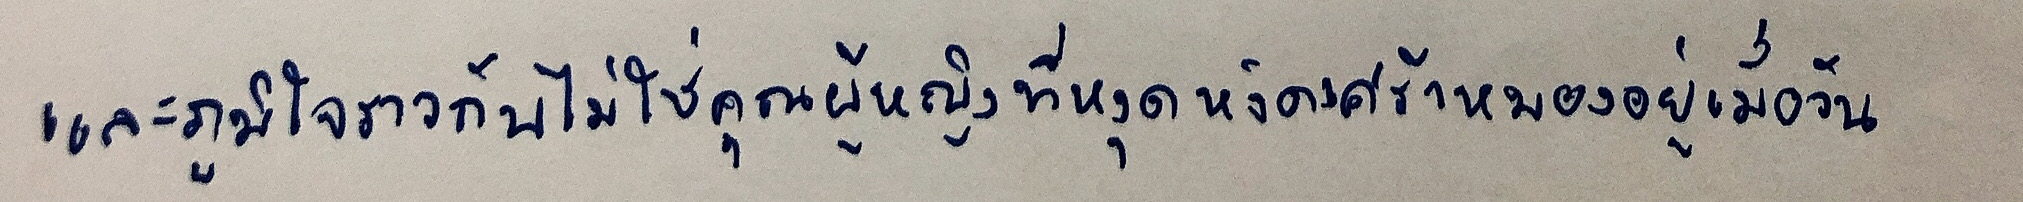
และภูมิใจราวกับไม่ใช่คุณผู้หญิงที่หงุดหงิดเศร้าหมองอยู่เมื่อวัน